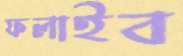
ফলাইব